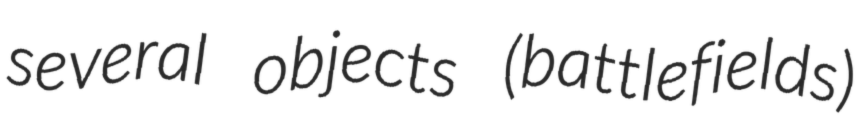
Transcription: several objects (battlefields)